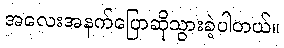
အလေးအနက်ပြောဆိုသွားခဲ့ပါတယ်။